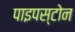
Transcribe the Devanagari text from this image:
पाइपस्टोन